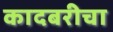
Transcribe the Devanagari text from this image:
कादबरीचा